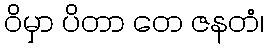
ဝိမှာ ပိတာ တေ ဇနတံ၊